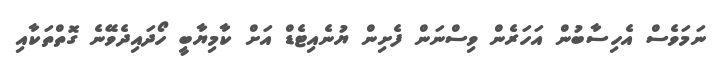
ނަމަވެސް އެހިސާބުން އަހަރެން ވިސްނަން ފެށިން ޔުނެއިޓެޑް އަށް ކާމިޔާބީ ހޯދައިދެވޭނެ ގޮތްތަކާއި